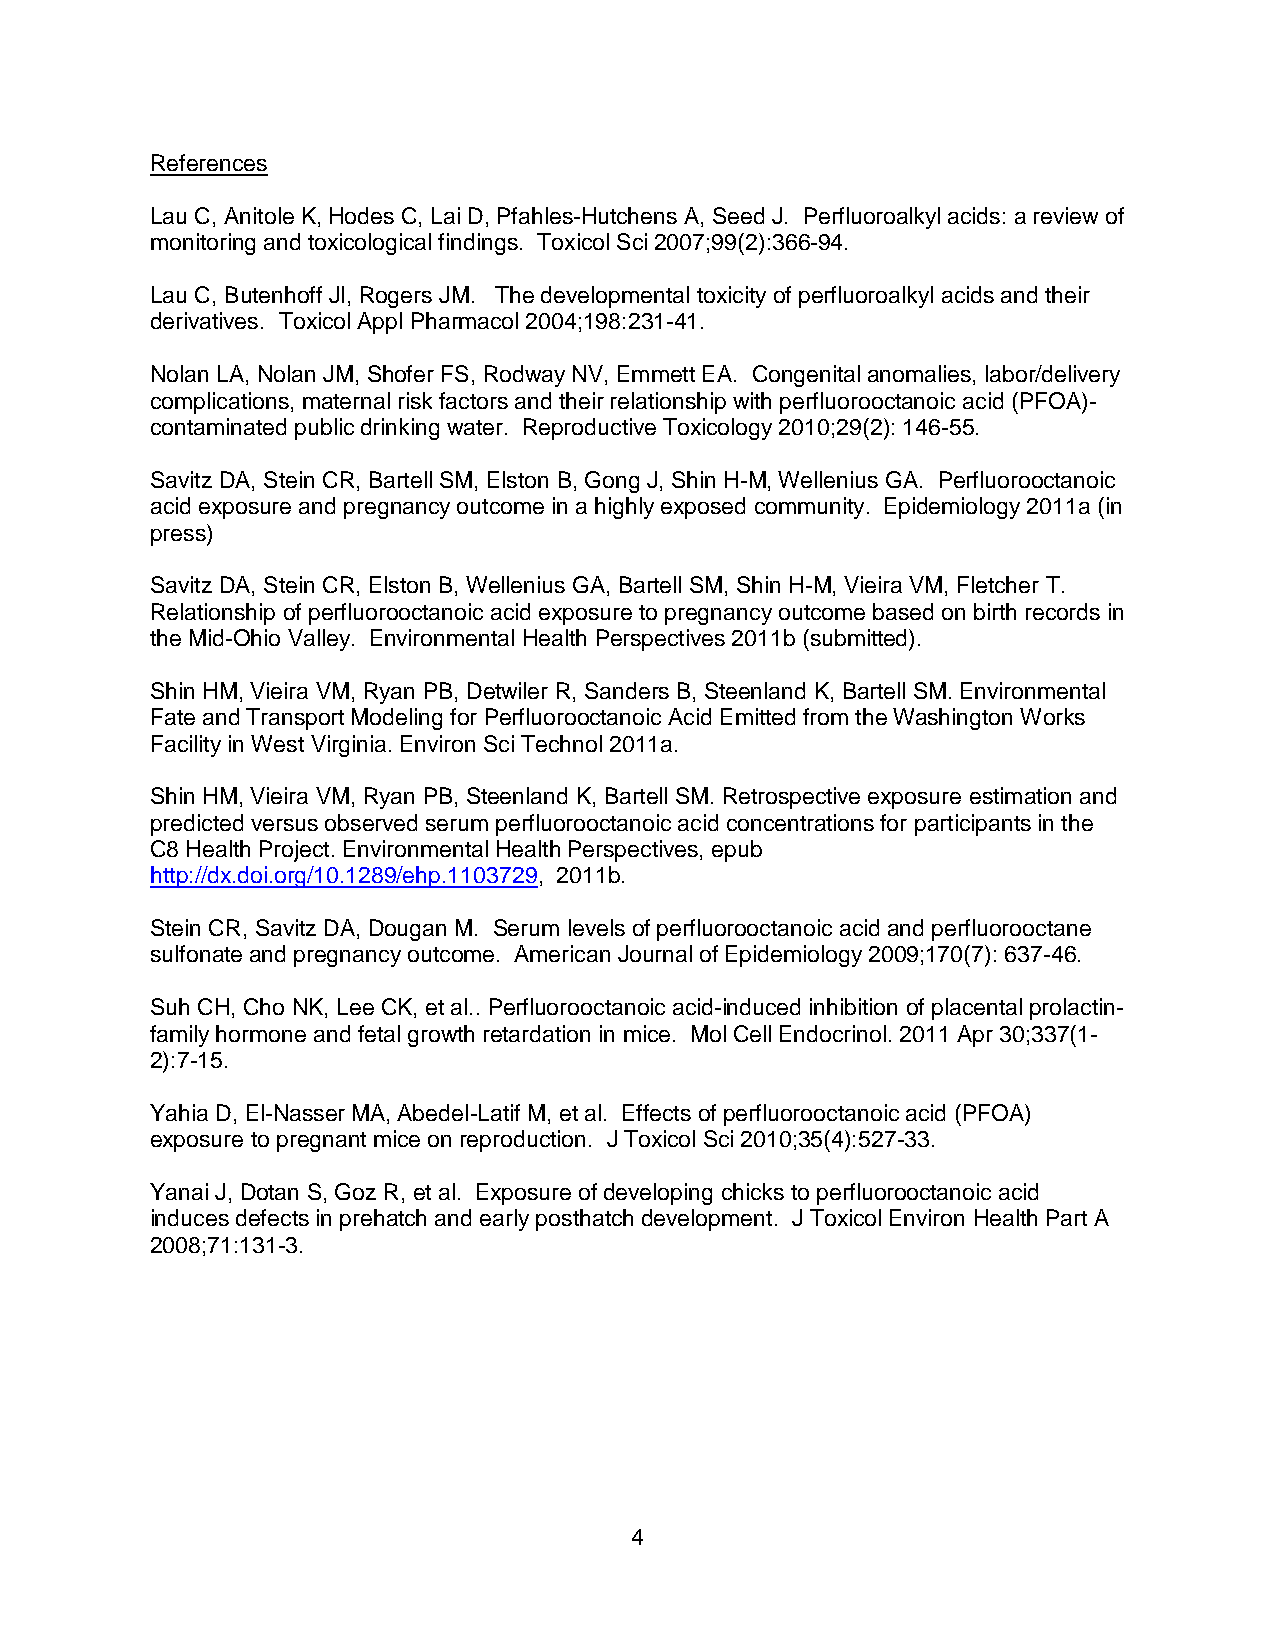
References
 Lau C, Anitole K, Hodes C, Lai D, Pfahles-Hutchens A, Seed J. Perfluoroalkyl acids: a review of
 monitoring and toxicological findings. Toxicol Sci 2007;99(2):366-94.
 Lau C, Butenhoff JI, Rogers JM. The developmental toxicity of perfluoroalkyl acids and their
 derivatives. Toxicol Appl Pharmacol 2004;198:231-41.
 Nolan LA, Nolan JM, Shofer FS, Rodway NV, Emmett EA. Congenital anomalies, labor/delivery
 complications, maternal risk factors and their relationship with perfluorooctanoic acid (PFOA)-
 contaminated public drinking water. Reproductive Toxicology 2010;29(2): 146-55.
 Savitz DA, Stein CR, Bartell SM, Elston B, Gong J, Shin H-M, Wellenius GA. Perfluorooctanoic
 acid exposure and pregnancy outcome in a highly exposed community. Epidemiology 2011a (in
 press)
 Savitz DA, Stein CR, Elston B, Wellenius GA, Bartell SM, Shin H-M, Vieira VM, Fletcher T.
 Relationship of perfluorooctanoic acid exposure to pregnancy outcome based on birth records in
 the Mid-Ohio Valley. Environmental Health Perspectives 2011b (submitted).
 Shin HM, Vieira VM, Ryan PB, Detwiler R, Sanders B, Steenland K, Bartell SM. Environmental
 Fate and Transport Modeling for Perfluorooctanoic Acid Emitted from the Washington Works
 Facility in West Virginia. Environ Sci Technol 2011a.
 Shin HM, Vieira VM, Ryan PB, Steenland K, Bartell SM. Retrospective exposure estimation and
 predicted versus observed serum perfluorooctanoic acid concentrations for participants in the
 C8 Health Project. Environmental Health Perspectives, epub
 http://dx.doi.org/10.1289/ehp.1103729, 2011b.
 Stein CR, Savitz DA, Dougan M. Serum levels of perfluorooctanoic acid and perfluorooctane
 sulfonate and pregnancy outcome. American Journal of Epidemiology 2009;170(7): 637-46.
 Suh CH, Cho NK, Lee CK, et al.. Perfluorooctanoic acid-induced inhibition of placental prolactin-
 family hormone and fetal growth retardation in mice. Mol Cell Endocrinol. 2011 Apr 30;337(1-
 2):7-15.
 Yahia D, El-Nasser MA, Abedel-Latif M, et al. Effects of perfluorooctanoic acid (PFOA)
 exposure to pregnant mice on reproduction. J Toxicol Sci 2010;35(4):527-33.
 Yanai J, Dotan S, Goz R, et al. Exposure of developing chicks to perfluorooctanoic acid
 induces defects in prehatch and early posthatch development. J Toxicol Environ Health Part A
 2008;71:131-3.
 4